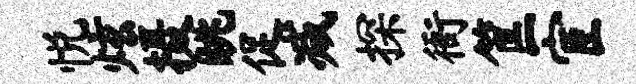
悦炫摄眺促减探衙筐宦